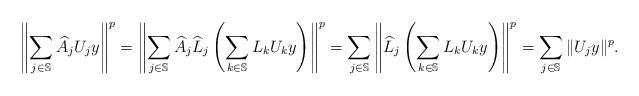
LaTeX: \begin{align*}\left\|\sum_{j\in\mathbb{S}}\widehat{A}_jU_jy\right\|^p=\left\|\sum_{j\in\mathbb{S}}\widehat{A}_j\widehat{L}_j\left(\sum_{k\in\mathbb{S}}L_kU_ky\right)\right\|^p=\sum_{j\in\mathbb{S}}\left\|\widehat{L}_j\left(\sum_{k\in\mathbb{S}}L_kU_ky\right)\right\|^p=\sum_{j\in\mathbb{S}}\|U_jy\|^p .\end{align*}